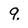
Character: q